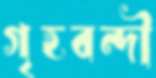
গৃহবন্দী